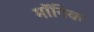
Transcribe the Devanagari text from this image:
मॉनिक